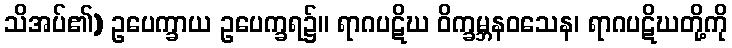
သိအပ်၏) ဥပေက္ခာယ ဥပေက္ခရ၌။ ရာဂပဋိဃ ဝိက္ခမ္ဘနဝသေန၊ ရာဂပဋိဃတို့ကို